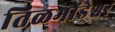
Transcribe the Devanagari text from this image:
तिळभांडेश्वर